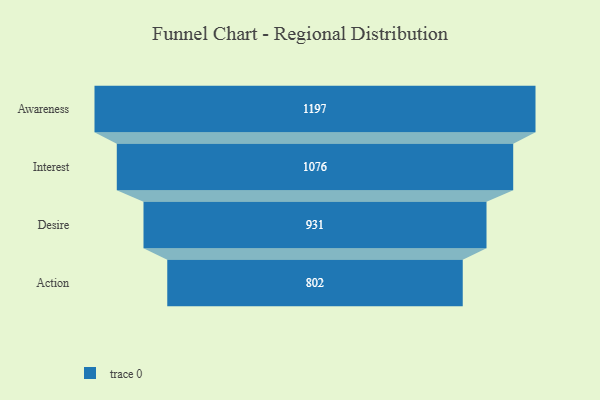
{"axis": {"x": "Stage", "y": "Value"}, "legend": [""], "data": [{"x": "Awareness", "y": 1197.0, "type": ""}, {"x": "Interest", "y": 1076.0, "type": ""}, {"x": "Desire", "y": 931.0, "type": ""}, {"x": "Action", "y": 802.0, "type": ""}]}